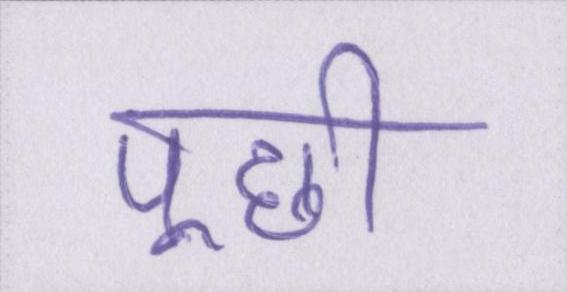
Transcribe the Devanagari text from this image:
पूछी